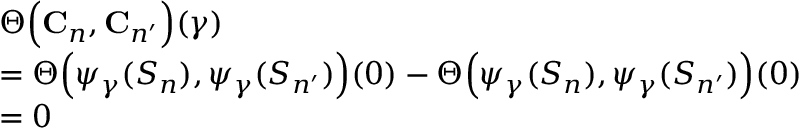
\begin{array} { r l } & { \Theta \Big ( \mathbf { C } _ { n } , \mathbf { C } _ { n ^ { \prime } } \Big ) ( \gamma ) } \\ & { = \Theta \Big ( \psi _ { \gamma } ( S _ { n } ) , \psi _ { \gamma } ( S _ { n ^ { \prime } } ) \Big ) ( 0 ) - \Theta \Big ( \psi _ { \gamma } ( S _ { n } ) , \psi _ { \gamma } ( S _ { n ^ { \prime } } ) \Big ) ( 0 ) } \\ & { = 0 } \end{array}